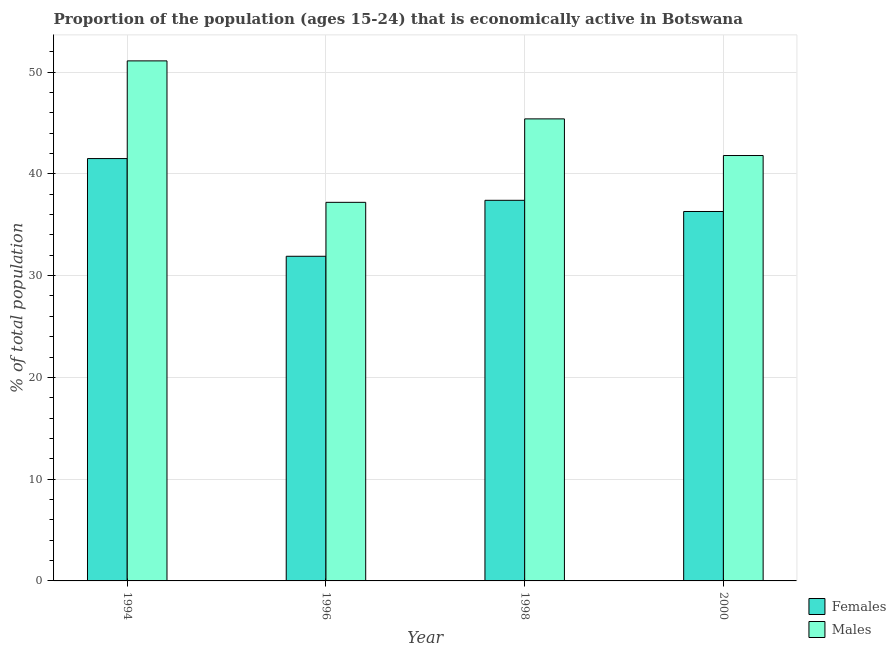
| Year | Females | Males |
 | --- | --- | --- |
 | 1994 | 41.5 | 51.1 |
 | 1996 | 31.9 | 37.2 |
 | 1998 | 37.4 | 45.4 |
 | 2000 | 36.3 | 41.8 |